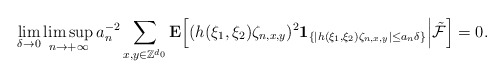
\begin{align*}\lim_{\delta\rightarrow 0}\limsup_{n\rightarrow+\infty}a_n^{-2}\sum_{x,y\in\mathbb Z^{d_0}}\mathbf E\Big[(h(\xi_1,\xi_2)\zeta_{n,x,y})^2\mathbf 1_{\{|h(\xi_1,\xi_2)\zeta_{n,x,y}|\le a_n\delta\}}\Big|\tilde{\mathcal F}\Big]=0.\end{align*}